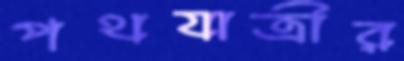
পথযাত্রীর